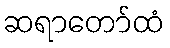
ဆရာတော်ထံ